Annual statistical returns and brief notes on vaccination in Bengal - 1909-1929
Year: 1909
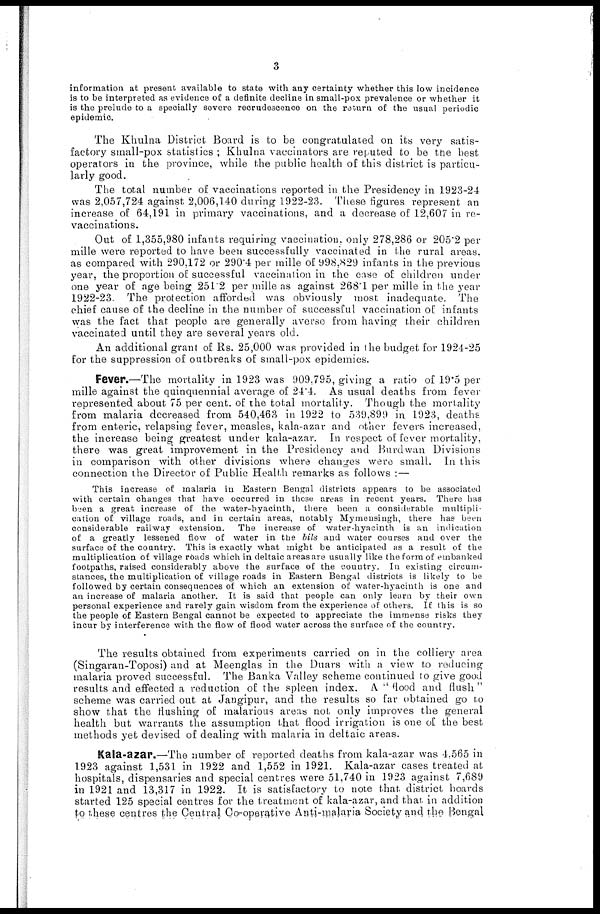
3
information at present available to state with any certainty whether this low incidence
is to be interpreted as evidence of a definite decline in small-pox prevalence or whether it
is the prelude to a specially severe recrudescence on the return of the usual periodic
epidemic.
The Khulna District Board is to be congratulated on its very satis-
factory small-pox statistics ; Khulna vaccinators are reputed to be the best
operators in the province, while the public health of this district is particu-
larly good.
The total number of vaccinations reported in the Presidency in 1923-24
was 2,057,724 against 2,006,140 during 1922-23. These figures represent an
increase of 64,191 in primary vaccinations, and a decrease of 12,607 in re-
vaccinations.
Out of 1,355,980 infants requiring vaccination, only 278,286 or 205.2 per
mille were reported to have been successfully vaccinated in the rural areas,
as compared with 290,172 or 290.4 per mille of 998,829 infants in the previous
year, the proportion of successful vaccination in the case of children under
one year of age being 251'2 per mille as against 268.1 per mille in the year
1922-23. The protection afforded was obviously most inadequate. The
chief cause of the decline in the number of successful vaccination of infants
was the fact that people are generally averse from having their children
vaccinated until they are several years old.
An additional grant of Rs. 25,000 was provided in the budget for 1924-25
for the suppression of outbreaks of small-pox epidemics.
Fever.—The mortality in 1923 was 909,795, giving a ratio of 19.5 per
mille against the quinquennial average of 24.4. As usual deaths from fever
represented about 75 per cent. of the total mortality. Though the mortality
from malaria decreased from 540,463 in 1922 to 539,899 in 1923, deaths
from enteric, relapsing fever, measles, kala-azar and other fevers increased,
the increase being greatest under kala-azar. In respect of fever mortality,
there was great improvement in the Presidency and Burdwan Divisions
in comparison with other divisions where changes were small. In this
connection the Director of Public Health remarks as follows :—
This increase of malaria in Eastern Bengal districts appears to be associated
with certain changes that have occurred in these areas in recent years. There has
been a great increase of the water-hyacinth, there been a considerable multipli-
cation of village roads, and in certain areas, notably Mymensingh, there has been
considerable railway extension. The increase of water-hyacinth is an indication
of a greatly lessened flow of water in the bils and water courses and over the
surface of the country. This is exactly what might be anticipated as a result of the
multiplication of village roads which in deltaic areas are usually like the form of embanked
footpaths, raised considerably above the surface of the country. In existing circum-
stances, the multiplication of village roads in Eastern Bengal districts is likely to be
followed by certain consequences of which an extension of water-hyacinth is one and
an increase of malaria another. It is said that people can only learn by their own
personal experience and rarely gain wisdom from the experience of others. If this is so
the people of Eastern Bengal cannot be expected to appreciate the immense risks they
incur by interference with the flow of flood water across the surface of the country.
The results obtained from experiments carried on in the colliery area
(Singaran-Toposi) and at Meenglas in the Duars with a view to reducing
malaria proved successful. The Banka Valley scheme continued to give good
results and effected a reduction of the spleen index. A " flood and flush "
scheme was carried out at Jangipur, and the results so far obtained go to
show that the flushing of malarious areas not only improves the general
health but warrants the assumption that flood irrigation is one of the best
methods yet devised of dealing with malaria in deltaic areas.
Kala-azar.—The number of reported deaths from kala-azar was 4,565 in
1923 against 1,531 in 1922 and 1,552 in 1921. Kala-azar cases treated at
hospitals, dispensaries and special centres were 51,740 in 1923 against 7,689
in 1921 and 13,317 in 1922. It is satisfactory to note that district boards
started 125 special centres for the treatment of kala-azar, and that, in addition
to these centres the Central Co-operative Anti-malaria Society and the Bengal